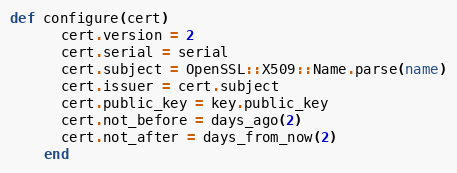
Language: Ruby
def configure(cert)
      cert.version = 2
      cert.serial = serial
      cert.subject = OpenSSL::X509::Name.parse(name)
      cert.issuer = cert.subject
      cert.public_key = key.public_key
      cert.not_before = days_ago(2)
      cert.not_after = days_from_now(2)
    end